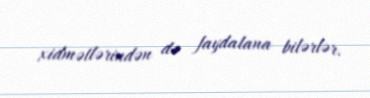
xidmətlərindən də faydalana bilərlər.